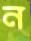
ন